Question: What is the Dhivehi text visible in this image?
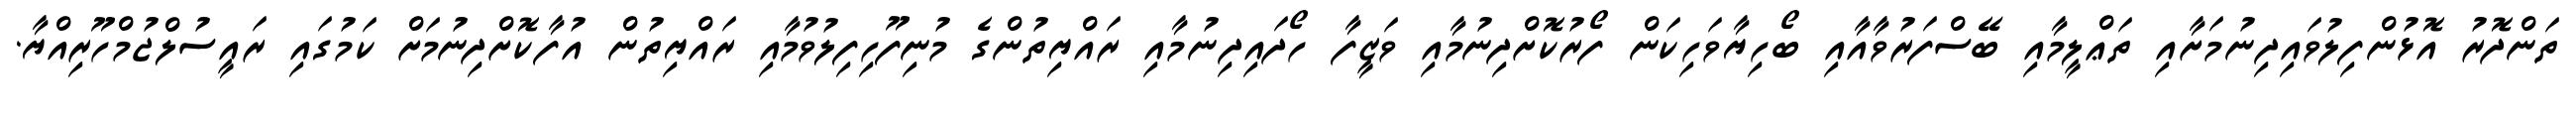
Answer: ތަންދޮރު އޮޅުންފިލުވައިދިނުމަށާއި ތަޢްލީމާއި ބޭސްފަރުވާއާއި ބޯހިޔާވަހިކަން ފޯރުކޮށްދިނުމާއި ވަޒީފާ ހޯދައިދިނުމާއި ރައްޔިތުންގެ މުނިފޫހިފިލުވުމާއި ރައްޔިތުން އުފާކޮށްދިނުމަށް ކަމުގައި ރައީސުލްޖުމްހޫރިއްޔާ.